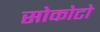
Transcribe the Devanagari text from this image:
सोकोटो